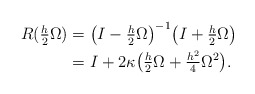
\begin{align*} \begin{aligned} R(\tfrac{h}{2} \Omega) &= \big( I - \tfrac{h}{2} \Omega \big)^{-1} \big( I + \tfrac{h}{2} \Omega \big) \\ &= I + 2 \kappa \big( \tfrac{h}{2} \Omega + \tfrac{h^2}{4} \Omega^2 \big).\end{aligned}\end{align*}